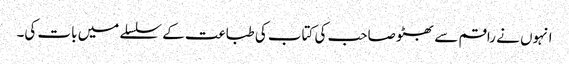
انہوں نے راقم سے بھٹو صاحب کی کتاب کی طباعت کے سلسلے میں بات کی۔